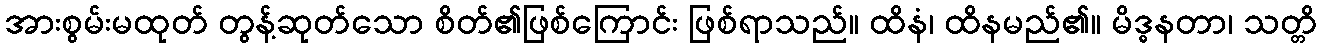
အားစွမ်းမထုတ် တွန့်ဆုတ်သော စိတ်၏ဖြစ်ကြောင်း ဖြစ်ရာသည်။ ထိနံ၊ ထိနမည်၏။ မိဒ္ဓနတာ၊ သတ္တိ